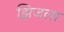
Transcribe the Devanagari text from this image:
झिजला